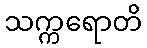
သက္ကရောတိ